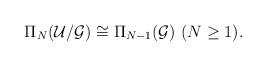
LaTeX: \begin{align*}\Pi_N({\cal U}/{\cal G})\cong\Pi_{N-1}({\cal G})~ (N\geq 1).\end{align*}